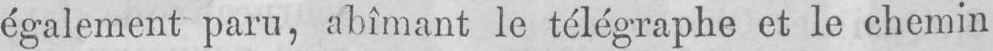
également paru, abîmant le télégraphe et le chemin